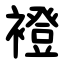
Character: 䙞